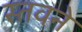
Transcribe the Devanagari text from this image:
स्तवने